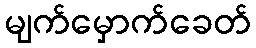
မျက်မှောက်ခေတ်